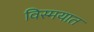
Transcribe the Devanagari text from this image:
विस्मयात